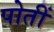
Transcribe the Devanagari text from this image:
पोतीं